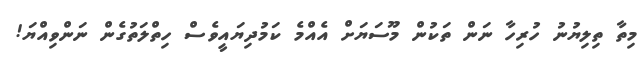
މިތާ ތިލިޔުނު ހުރިހާ ނަން ތަކުން މޫސަޔަށް އެއްމެ ކަމުދިޔައީވެސް ހިތްލަތުގެން ނަންވިއްޔަ!